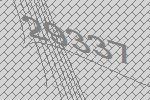
29337